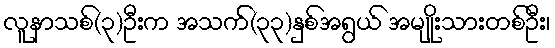
လူနာသစ်(၃)ဦးက အသက်(၃၃)နှစ်အရွယ် အမျိုးသားတစ်ဦး၊